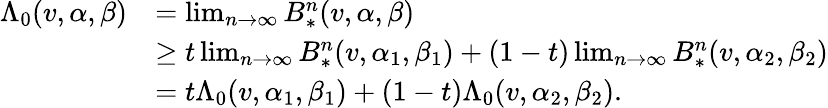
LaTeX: \begin{array}{rl}{\Lambda_{0}(v,\alpha,\beta)}&{=\operatorname*{lim}_{n\to\infty}B_{*}^{n}(v,\alpha,\beta)}\\ &{\ge t\operatorname*{lim}_{n\to\infty}B_{*}^{n}(v,\alpha_{1},\beta_{1})+(1-t)\operatorname*{lim}_{n\to\infty}B_{*}^{n}(v,\alpha_{2},\beta_{2})}\\ &{=t\Lambda_{0}(v,\alpha_{1},\beta_{1})+(1-t)\Lambda_{0}(v,\alpha_{2},\beta_{2}).}\end{array}